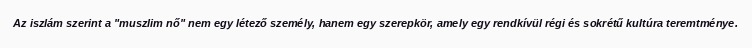
Az iszlám szerint a "muszlim nő" nem egy létező személy, hanem egy szerepkör, amely egy rendkívül régi és sokrétű kultúra teremtménye.